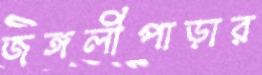
জঙ্গলীপাড়ার